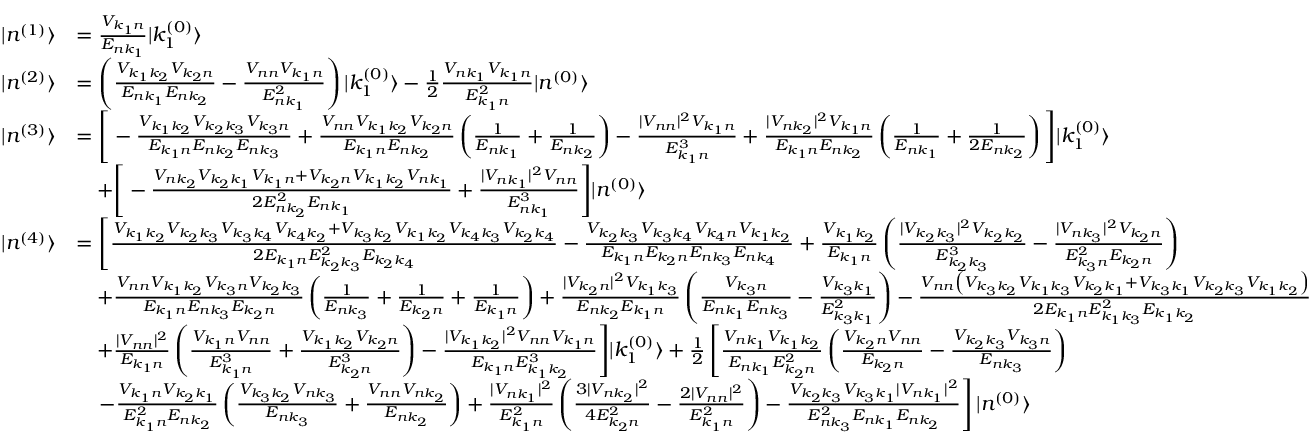
{ \begin{array} { r l } { | n ^ { ( 1 ) } \rangle } & { = { \frac { V _ { k _ { 1 } n } } { E _ { n k _ { 1 } } } } | k _ { 1 } ^ { ( 0 ) } \rangle } \\ { | n ^ { ( 2 ) } \rangle } & { = \left( { \frac { V _ { k _ { 1 } k _ { 2 } } V _ { k _ { 2 } n } } { E _ { n k _ { 1 } } E _ { n k _ { 2 } } } } - { \frac { V _ { n n } V _ { k _ { 1 } n } } { E _ { n k _ { 1 } } ^ { 2 } } } \right) | k _ { 1 } ^ { ( 0 ) } \rangle - { \frac { 1 } { 2 } } { \frac { V _ { n k _ { 1 } } V _ { k _ { 1 } n } } { E _ { k _ { 1 } n } ^ { 2 } } } | n ^ { ( 0 ) } \rangle } \\ { | n ^ { ( 3 ) } \rangle } & { = { \Bigg [ } - { \frac { V _ { k _ { 1 } k _ { 2 } } V _ { k _ { 2 } k _ { 3 } } V _ { k _ { 3 } n } } { E _ { k _ { 1 } n } E _ { n k _ { 2 } } E _ { n k _ { 3 } } } } + { \frac { V _ { n n } V _ { k _ { 1 } k _ { 2 } } V _ { k _ { 2 } n } } { E _ { k _ { 1 } n } E _ { n k _ { 2 } } } } \left( { \frac { 1 } { E _ { n k _ { 1 } } } } + { \frac { 1 } { E _ { n k _ { 2 } } } } \right) - { \frac { | V _ { n n } | ^ { 2 } V _ { k _ { 1 } n } } { E _ { k _ { 1 } n } ^ { 3 } } } + { \frac { | V _ { n k _ { 2 } } | ^ { 2 } V _ { k _ { 1 } n } } { E _ { k _ { 1 } n } E _ { n k _ { 2 } } } } \left( { \frac { 1 } { E _ { n k _ { 1 } } } } + { \frac { 1 } { 2 E _ { n k _ { 2 } } } } \right) { \Bigg ] } | k _ { 1 } ^ { ( 0 ) } \rangle } \\ & { \quad + { \Bigg [ } - { \frac { V _ { n k _ { 2 } } V _ { k _ { 2 } k _ { 1 } } V _ { k _ { 1 } n } + V _ { k _ { 2 } n } V _ { k _ { 1 } k _ { 2 } } V _ { n k _ { 1 } } } { 2 E _ { n k _ { 2 } } ^ { 2 } E _ { n k _ { 1 } } } } + { \frac { | V _ { n k _ { 1 } } | ^ { 2 } V _ { n n } } { E _ { n k _ { 1 } } ^ { 3 } } } { \Bigg ] } | n ^ { ( 0 ) } \rangle } \\ { | n ^ { ( 4 ) } \rangle } & { = { \Bigg [ } { \frac { V _ { k _ { 1 } k _ { 2 } } V _ { k _ { 2 } k _ { 3 } } V _ { k _ { 3 } k _ { 4 } } V _ { k _ { 4 } k _ { 2 } } + V _ { k _ { 3 } k _ { 2 } } V _ { k _ { 1 } k _ { 2 } } V _ { k _ { 4 } k _ { 3 } } V _ { k _ { 2 } k _ { 4 } } } { 2 E _ { k _ { 1 } n } E _ { k _ { 2 } k _ { 3 } } ^ { 2 } E _ { k _ { 2 } k _ { 4 } } } } - { \frac { V _ { k _ { 2 } k _ { 3 } } V _ { k _ { 3 } k _ { 4 } } V _ { k _ { 4 } n } V _ { k _ { 1 } k _ { 2 } } } { E _ { k _ { 1 } n } E _ { k _ { 2 } n } E _ { n k _ { 3 } } E _ { n k _ { 4 } } } } + { \frac { V _ { k _ { 1 } k _ { 2 } } } { E _ { k _ { 1 } n } } } \left( { \frac { | V _ { k _ { 2 } k _ { 3 } } | ^ { 2 } V _ { k _ { 2 } k _ { 2 } } } { E _ { k _ { 2 } k _ { 3 } } ^ { 3 } } } - { \frac { | V _ { n k _ { 3 } } | ^ { 2 } V _ { k _ { 2 } n } } { E _ { k _ { 3 } n } ^ { 2 } E _ { k _ { 2 } n } } } \right) } \\ & { \quad + { \frac { V _ { n n } V _ { k _ { 1 } k _ { 2 } } V _ { k _ { 3 } n } V _ { k _ { 2 } k _ { 3 } } } { E _ { k _ { 1 } n } E _ { n k _ { 3 } } E _ { k _ { 2 } n } } } \left( { \frac { 1 } { E _ { n k _ { 3 } } } } + { \frac { 1 } { E _ { k _ { 2 } n } } } + { \frac { 1 } { E _ { k _ { 1 } n } } } \right) + { \frac { | V _ { k _ { 2 } n } | ^ { 2 } V _ { k _ { 1 } k _ { 3 } } } { E _ { n k _ { 2 } } E _ { k _ { 1 } n } } } \left( { \frac { V _ { k _ { 3 } n } } { E _ { n k _ { 1 } } E _ { n k _ { 3 } } } } - { \frac { V _ { k _ { 3 } k _ { 1 } } } { E _ { k _ { 3 } k _ { 1 } } ^ { 2 } } } \right) - { \frac { V _ { n n } \left( V _ { k _ { 3 } k _ { 2 } } V _ { k _ { 1 } k _ { 3 } } V _ { k _ { 2 } k _ { 1 } } + V _ { k _ { 3 } k _ { 1 } } V _ { k _ { 2 } k _ { 3 } } V _ { k _ { 1 } k _ { 2 } } \right) } { 2 E _ { k _ { 1 } n } E _ { k _ { 1 } k _ { 3 } } ^ { 2 } E _ { k _ { 1 } k _ { 2 } } } } } \\ & { \quad + { \frac { | V _ { n n } | ^ { 2 } } { E _ { k _ { 1 } n } } } \left( { \frac { V _ { k _ { 1 } n } V _ { n n } } { E _ { k _ { 1 } n } ^ { 3 } } } + { \frac { V _ { k _ { 1 } k _ { 2 } } V _ { k _ { 2 } n } } { E _ { k _ { 2 } n } ^ { 3 } } } \right) - { \frac { | V _ { k _ { 1 } k _ { 2 } } | ^ { 2 } V _ { n n } V _ { k _ { 1 } n } } { E _ { k _ { 1 } n } E _ { k _ { 1 } k _ { 2 } } ^ { 3 } } } { \Bigg ] } | k _ { 1 } ^ { ( 0 ) } \rangle + { \frac { 1 } { 2 } } \left[ { \frac { V _ { n k _ { 1 } } V _ { k _ { 1 } k _ { 2 } } } { E _ { n k _ { 1 } } E _ { k _ { 2 } n } ^ { 2 } } } \left( { \frac { V _ { k _ { 2 } n } V _ { n n } } { E _ { k _ { 2 } n } } } - { \frac { V _ { k _ { 2 } k _ { 3 } } V _ { k _ { 3 } n } } { E _ { n k _ { 3 } } } } \right) \right. } \\ & { \quad \left. - { \frac { V _ { k _ { 1 } n } V _ { k _ { 2 } k _ { 1 } } } { E _ { k _ { 1 } n } ^ { 2 } E _ { n k _ { 2 } } } } \left( { \frac { V _ { k _ { 3 } k _ { 2 } } V _ { n k _ { 3 } } } { E _ { n k _ { 3 } } } } + { \frac { V _ { n n } V _ { n k _ { 2 } } } { E _ { n k _ { 2 } } } } \right) + { \frac { | V _ { n k _ { 1 } } | ^ { 2 } } { E _ { k _ { 1 } n } ^ { 2 } } } \left( { \frac { 3 | V _ { n k _ { 2 } } | ^ { 2 } } { 4 E _ { k _ { 2 } n } ^ { 2 } } } - { \frac { 2 | V _ { n n } | ^ { 2 } } { E _ { k _ { 1 } n } ^ { 2 } } } \right) - { \frac { V _ { k _ { 2 } k _ { 3 } } V _ { k _ { 3 } k _ { 1 } } | V _ { n k _ { 1 } } | ^ { 2 } } { E _ { n k _ { 3 } } ^ { 2 } E _ { n k _ { 1 } } E _ { n k _ { 2 } } } } \right] | n ^ { ( 0 ) } \rangle } \end{array} }